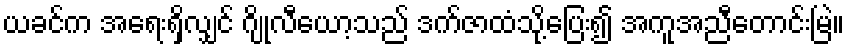
ယခင်က အရေးရှိလျှင် ဂျိုလီယော့သည် ဒက်ဇာထံသို့ပြေး၍ အကူအညီတောင်းမြဲ။